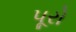
પૂરો